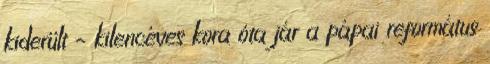
kiderült – kilencéves kora óta jár a pápai református